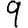
Digit: 9